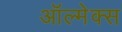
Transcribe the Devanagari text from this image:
ऑल्मेक्स